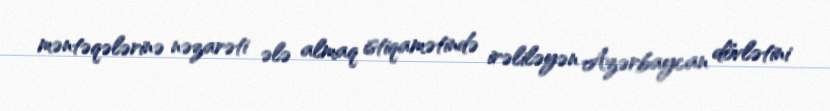
məntəqələrinə nəzarəti ələ almaq istiqamətində irəliləyən Azərbaycan dövlətini